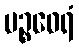
ပဉ္စဝေရံ